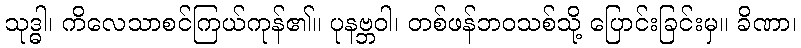
သုဒ္ဓါ၊ ကိလေသာစင်ကြယ်ကုန်၏။ ပုနဗ္ဘဝါ၊ တစ်ဖန်ဘဝသစ်သို့ ပြောင်းခြင်းမှ။ ခိဏာ၊